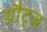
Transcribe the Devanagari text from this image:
ग्रौट्ज